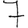
Digit: 7